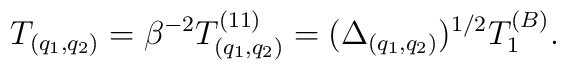
T_{(q_{1}, q_{2})} = \beta^{-2} T_{(q_{1}, q_{2})}^{(11)} = (\Delta_{(q_{1},q_{2})})^{1/2} T_1^{(B)}.